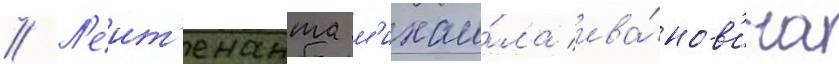
// Л'еит'енанта м'ихаи́ла ива́нов'ича